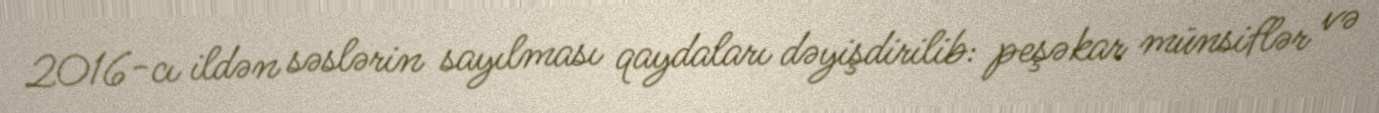
2016-cı ildən səslərin sayılması qaydaları dəyişdirilib: peşəkar münsiflər və